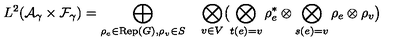
L ^ { 2 } ( { \cal A } _ { \gamma } \times { \cal F } _ { \gamma } ) = \bigoplus _ { \rho _ { e } \in \mathrm { R e p } ( G ) , \rho _ { v } \in S } \quad \bigotimes _ { v \in V } \bigl ( \bigotimes _ { t ( e ) = v } \rho _ { e } ^ { * } \otimes \bigotimes _ { s ( e ) = v } \rho _ { e } \otimes \rho _ { v } \bigr )